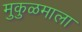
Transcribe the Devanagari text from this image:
मुकुळमाला